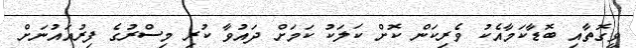
ވީގޮތާއި ބޮޑާކަމާއެކު ވެރިކަން ކޮށް ކަލަކު ކަމަށް ދައުވާ ކުރި މިސްރުގެ ފިރުއައުނަށް